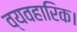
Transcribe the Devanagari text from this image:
व्यवहारिक।